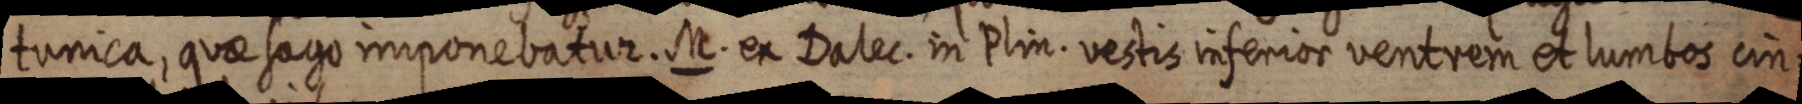
tunica, quae sago imponebatur. M. ex Dalec. in Plin. vestis inferior ventrem et lumbos cin